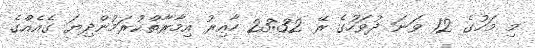
މި މަހުގެ 12 ވަނަ ދުވަހުގެ ރޭ 23:32 ހާއިރު އިމާރާތްކުރަމުންދިޔަ ގެއެއްގެ